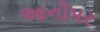
આનીપર